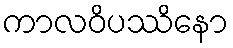
ကာလဝိပဿိနော